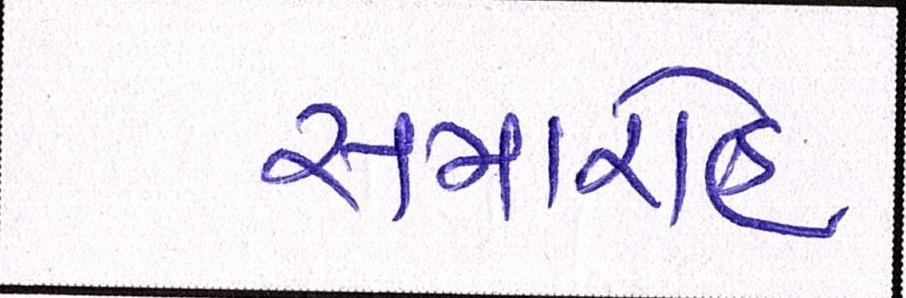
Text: સમારોહ